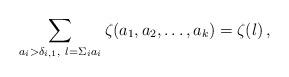
LaTeX: \begin{align*}\sum_{a_i>\delta_{i,1},\ l=\Sigma_i a_i}\zeta(a_1,a_2,\ldots,a_k)=\zeta(l)\,,\end{align*}